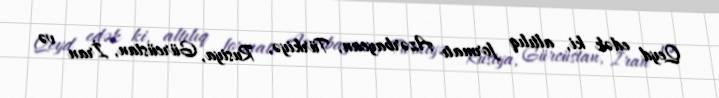
Qeyd edək ki, altılıq formatı Azərbaycan, Türkiyə, Rusiya, Gürcüstan, İran və